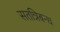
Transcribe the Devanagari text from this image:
सतन्निबन्ध